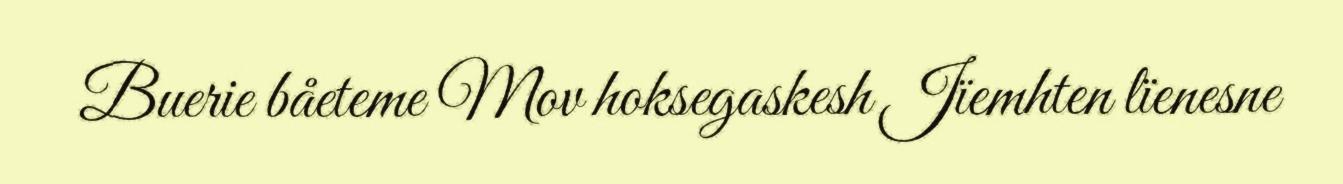
Buerie båeteme Mov hoksegaskesh Jïemhten lïenesne